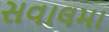
સવાલમા